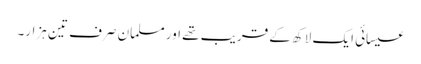
عیسائی ایک لاکھ کے قریب تھے اور مسلمان صرف تین ہزار۔